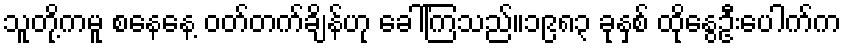
သူတို့ကမူ စနေနေ့ ဝတ်တက်ချိန်ဟု ခေါ်ကြသည်။၁၉၈၃ ခုနှစ် ထိုနွေဦးပေါက်က